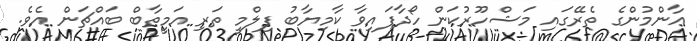
އާންމުންގެ ތެރޭގައި މަޝްހޫރުކަން ހޯދާފައިވާ ކާމިޔާބު ފިލްމީ ތަރި އަމީތާބް ބައްޗަން އެވެ.